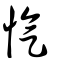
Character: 忾